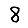
Digit: 8